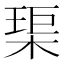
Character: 𤦲